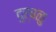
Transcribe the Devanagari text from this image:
दुर्बळु